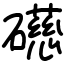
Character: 礠